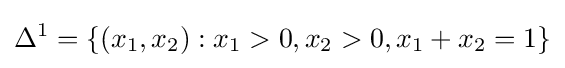
\Delta ^{1}=\{(x_{1},x_{2}):x_{1}>0,x_{2}>0,x_{1}+x_{2}=1\}